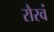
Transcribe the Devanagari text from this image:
रौरवं